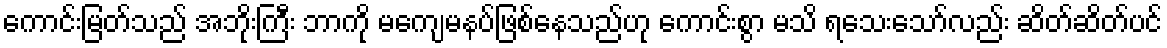
ကောင်းမြတ်သည် အဘိုးကြီး ဘာကို မကျေမနပ်ဖြစ်နေသည်ဟု ကောင်းစွာ မသိ ရသေးသော်လည်း ဆိတ်ဆိတ်ပင်